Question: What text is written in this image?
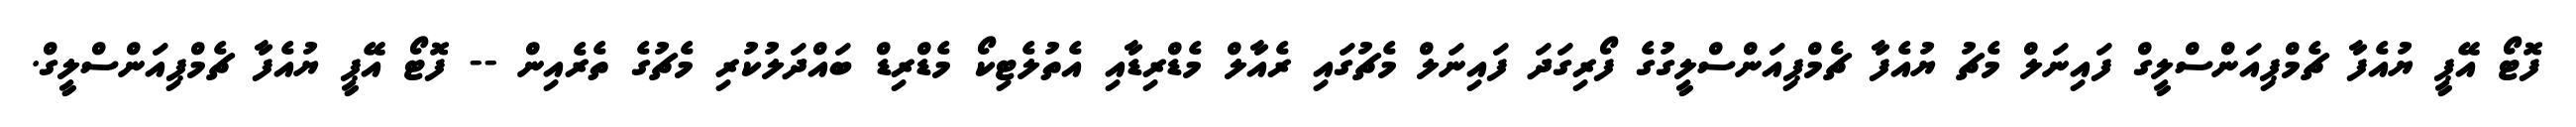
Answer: ފޮޓޯ އޭޕީ ޔުއެފާ ޗެމްޕިއަންސްލީގް ފައިނަލް މެޗު ޔުއެފާ ޗެމްޕިއަންސްލީގުގެ ފޯރިގަދަ ފައިނަލް މެޗުގައި ރެއާލް މެޑްރިޑާއި އެތުލެޓިކޯ މެޑްރިޑް ބައްދަލުކުރި މެޗުގެ ތެރެއިން -- ފޮޓޯ އޭޕީ ޔުއެފާ ޗެމްޕިއަންސްލީގް.